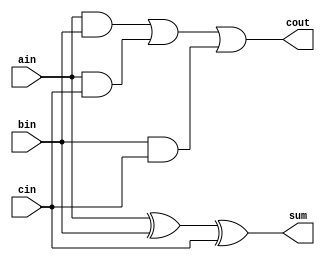
//`timescale 1ns / 1ps
//////////////////////////////////////////////////////////////////////////////////
// Company: 
// Engineer: 
// 
// Design Name: 
// Module Name: full_adder
// Project Name: 
// Target Devices: 
// Tool Versions: 
// Description: 
// 
// Dependencies: 
// 
// Revision:
// Revision 0.01 - File Created
// Additional Comments:
// 
//////////////////////////////////////////////////////////////////////////////////
module full_adder(
output cout,
output sum,
input ain,
input bin,
input cin
);
assign sum = ain^bin^cin;
assign cout= (ain&bin)|(ain&cin)|(bin&cin);
endmodule